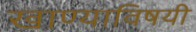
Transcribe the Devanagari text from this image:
खाण्याविषयी